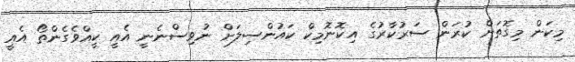
މިކަން މިގޮތަށް ކުރަން ސަރުކާރުގެ އިކޮނޮމިކް ކައުންސިލަށް ނުވިސްނެނީ އެއީ ކީއްވެގެންތޯ އެއީ